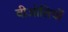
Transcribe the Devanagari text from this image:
वीओसियों